Civil Veterinary Department Bengal reports 1923-33 - 1923-1933
Year: 1923
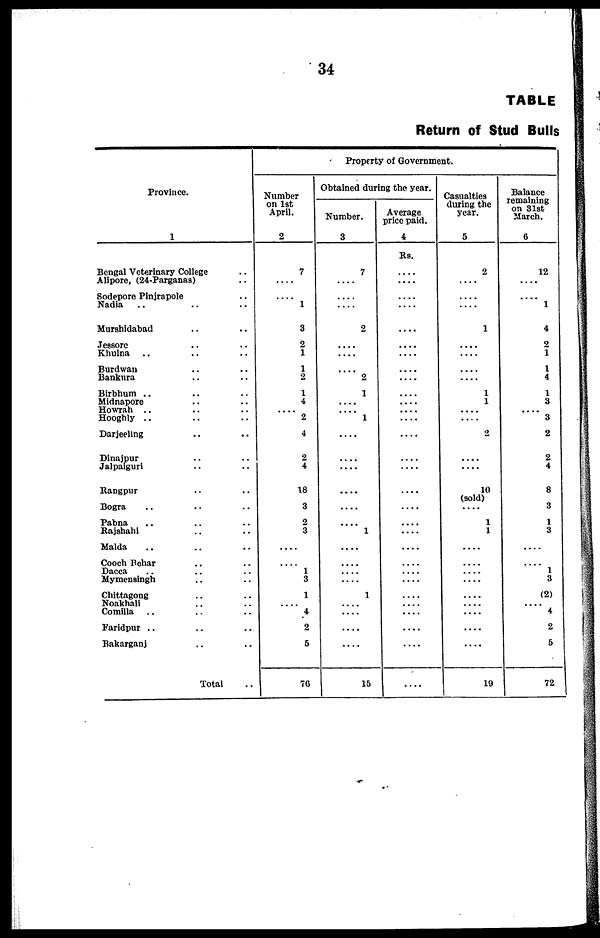
34
TABLE
Return of Stud Bulls
Province.
1
Bengal Veterinary College ..
Alipore, (24-Parganas) ..
Sodepore Pinjrapole ..
Nadia
.. .. ..
Murshidabad .. ..
Jessore .. ..
Khulna .. .. ..
Burdwan .. ..
Bankura .. ..
Birbhum .. .. ..
Midnapore .. ..
Howrah .. .. ..
Hooghly .. .. ..
Darjeeling .. ..
Dinajpur .. ..
Jalpaiguri .. ..
Rangpur .. ..
Bogra .. .. ..
Pabna .. .. ..
Rajshahi .. .. ..
Malda .. .. ..
Cooch Behar .. .. ..
Dacca
Mymensingh .. ..
Chittagong .. ..
Noakhali .. ..
Comilla .. .. ..
Faridpur .. .. ..
Bakarganj .. ..
Total ..
Property of Government.
Number
on 1st
April.
2
7
....
....
1
3
2
1
1
2
1
4
....
2
4
2
4
18
3
2
3
....
....
1
3
1
....
4
2
5
70
Obtained during the year.
Number.
3
7
....
....
....
2
....
....
....
2
1
....
....
1
....
....
....
....
....
....
1
....
....
....
....
1
....
....
....
....
15
Average
price paid.
4
RS.
....
....
....
....
....
....
....
....
....
....
....
....
....
....
....
....
....
....
....
....
....
....
....
....
....
....
....
....
....
....
Casualties
during the
year.
5
2
....
....
....
1
....
....
....
....
1
1
2
....
....
10
(sold)
....
1
1
....
....
....
....
....
....
....
....
....
19
Balance
remaining
on 31st
March.
6
12
....
1
4
2
1
1
4
1
3
3
2
2
4
8
3
1
3
....
....
1
3
(2)
....
4
2
6
72